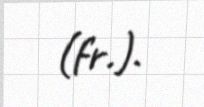
(fr.).